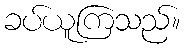
ခပ်ယူကြသည်။